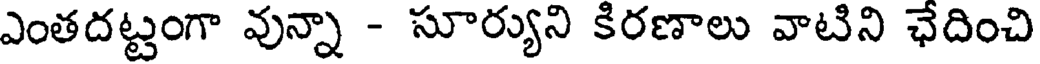
ఎంతదట్టంగా వున్నా - సూర్యుని కిరణాలు వాటిని ఛేదించి